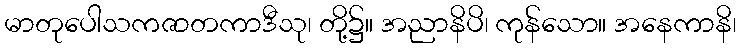
မာတုပေါသကဇာတကာဒီသု၊ တို့၌။ အညာနိပိ၊ ကုန်သော။ အနေကာနိ၊